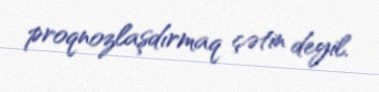
proqnozlaşdırmaq çətin deyil.